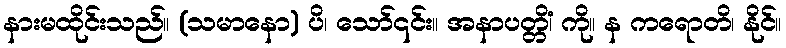
နားမထိုင်းသည်။ (သမာနော) ပိ၊ သော်၎င်း။ အနာပတ္တိံ၊ ကို။ န ကရောတိ၊ နိုင်။